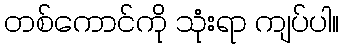
တစ်ကောင်ကို သုံးရာ ကျပ်ပါ။